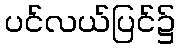
ပင်လယ်ပြင်၌